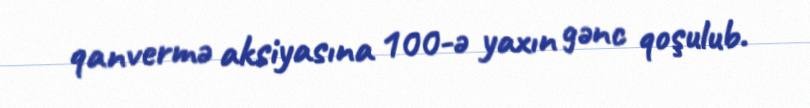
qanvermə aksiyasına 100-ə yaxın gənc qoşulub.